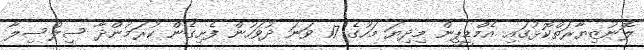
ލޮނުޒިޔާރަތްކޮޅުގައި އެމްޑީޕީން މިދިޔަ މަހުގެ 17 ވަނަ ދުވަހުން ފެށިގެން ކުރަމުންދާ ސިލްސިލާ